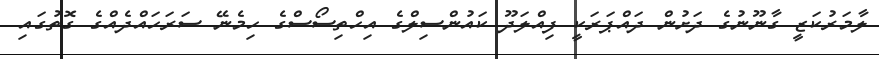
ލާމަރުކަޒީ ގާނޫނުގެ ދަށުން ދައްޕަރަކީ ފިއްލަދޫ ކައުންސިލްގެ އިހްތިސޯސްގެ ހިމެނޭ ސަރަހައްދެއްގެ ގޮތުގައި